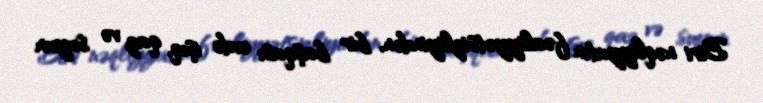
Biri nəqliyyatın fəaliyyətsizliyindən, bir başqası evdə işıq, qaz və suyun